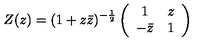
Z ( z ) = ( 1 + z \bar { z } ) ^ { - \frac { 1 } { 2 } } \left( \begin{array} { c c } { 1 } & { z } \\ { - \bar { z } } & { 1 } \\ \end{array} \right)